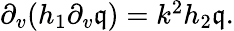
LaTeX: \begin{array}{r}{\partial_{v}(h_{1}\partial_{v}\mathfrak{q})=k^{2}h_{2}\mathfrak{q}.}\end{array}